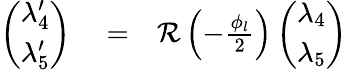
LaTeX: \begin{array}{rlr}{\left(\begin{array}{c}{\lambda_{4}^{\prime}}\\ {\lambda_{5}^{\prime}}\end{array}\right)}&{{}=}&{{\mathcal R}\left(-\frac{\phi_{l}}{2}\right)\left(\begin{array}{c}{\lambda_{4}}\\ {\lambda_{5}}\end{array}\right)}\end{array}